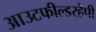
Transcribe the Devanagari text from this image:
आउटफील्डरहैपी